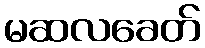
မဆလခေတ်